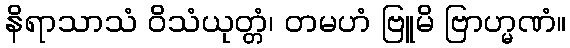
နိရာသာသံ ဝိသံယုတ္တံ၊ တမဟံ ဗြူမိ ဗြာဟ္မဏံ။